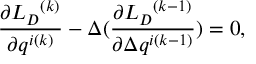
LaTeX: \frac { \partial { { L } _ { D } } ^ { ( k ) } } { \partial q ^ { i ( k ) } } - \Delta ( \frac { \partial { { L } _ { D } } ^ { ( k - 1 ) } } { \partial \Delta q ^ { i ( k - 1 ) } } ) = 0 ,